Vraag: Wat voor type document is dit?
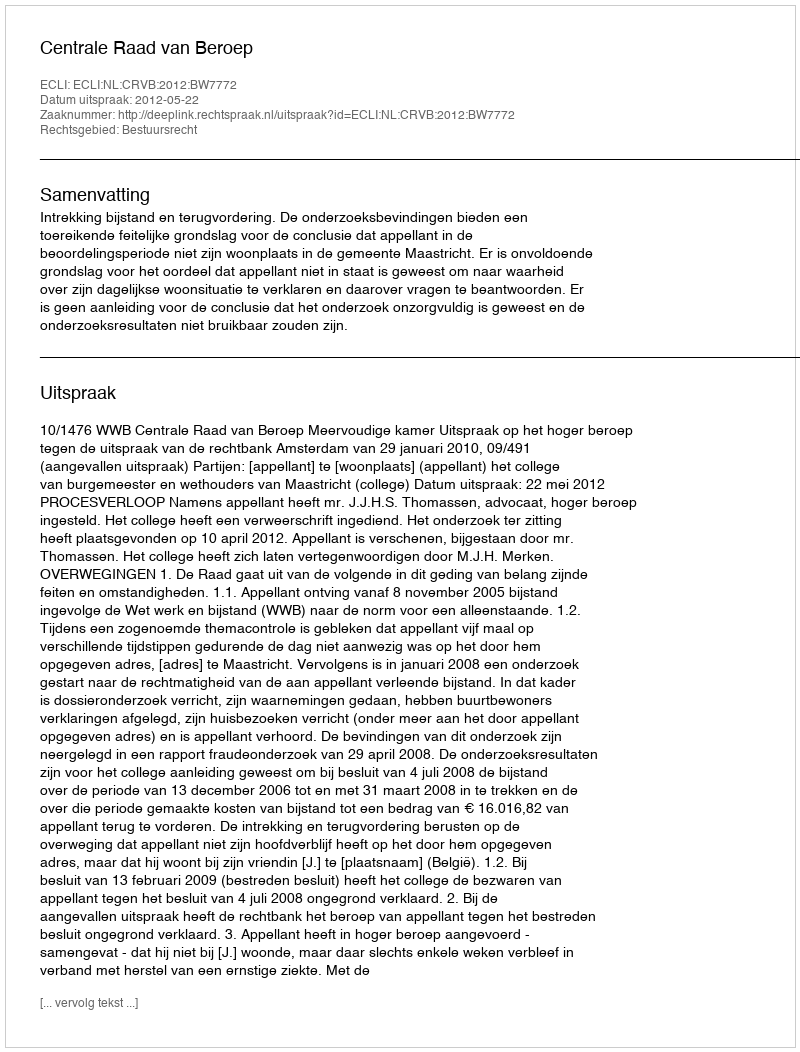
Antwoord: Uitspraak